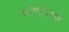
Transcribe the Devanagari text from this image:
वासिलियेफ़